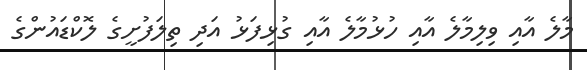
މާލެ އާއި ވިލިމާލެ އާއި ހުޅުމާލެ އާއި ގުޅިފަޅު އަދި ތިލަފުށީގެ ލޮކްޑައުންގެ